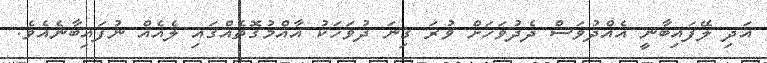
އަދި ލޭފައިބާނީ އެއްދުވަސް ދެދުވަހަށް ވުރަ ގިނަ ދުވަހަކު އާއްމުގޮތެއްގައި ލެއެއް ނުފައިބާނެއެވެ.